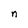
Character: n